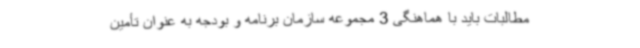
مطالبات باید با هماهنگی 3 مجموعه سازمان برنامه و بودجه به عنوان تأمین